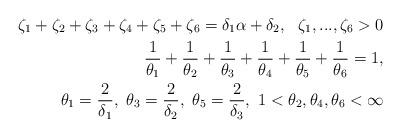
LaTeX: \begin{align*}\zeta_1+\zeta_2+\zeta_3+\zeta_4+\zeta_5+\zeta_6=\delta_1\alpha+\delta_2, \ \ \zeta_1, ..., \zeta_6>0\\\frac1{\theta_1}+\frac1{\theta_2}+\frac1{\theta_3}+\frac1{\theta_4}+\frac1{\theta_5}+\frac1{\theta_6}=1, \\ \theta_1=\frac2{\delta_1}, \ \theta_3=\frac2{\delta_2}, \ \theta_5=\frac2{\delta_3}, \ 1<\theta_2,\theta_4,\theta_6<\infty\end{align*}